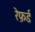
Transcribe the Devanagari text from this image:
रेफ़र्ड